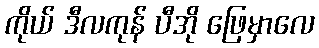
ကိုယ် ဒီလကုန် ပီအို ဖြေမှာလေ